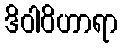
ဒိဝါဝိဟာရာ